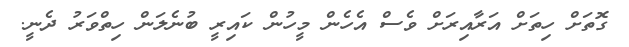
ގޮތަށް ހިތަށް އަރާއިރަށް ވެސް އެހެން މީހުން ކައިރީ ބުނެލަން ހިތްވަރު ދެނީ.